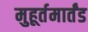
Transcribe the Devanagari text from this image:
मुहूर्तमार्तंड